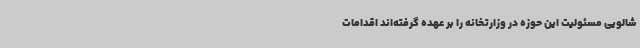
شالویی مسئولیت این حوزه در وزارتخانه را بر عهده گرفته‌اند اقدامات